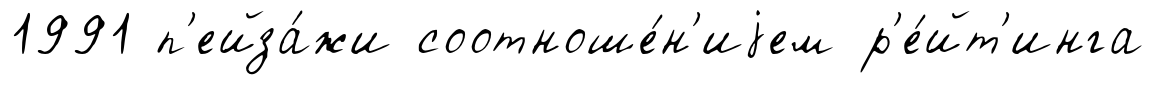
1991 п'ейза́жи соотноше́н'иjем р'е́йт'инга